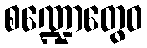
စဏ္ဍောတွေဝ